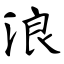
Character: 浪